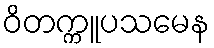
ဝိတက္ကူပသမေန